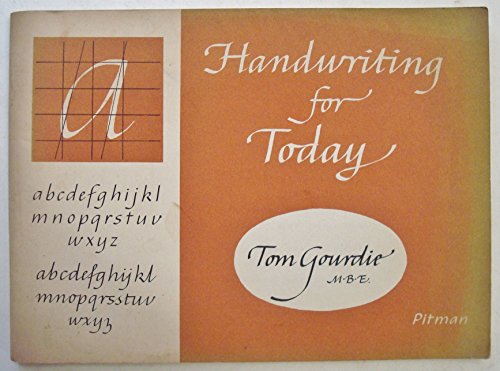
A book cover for Handwriting for today; Tom Gourdie; Business & Money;